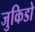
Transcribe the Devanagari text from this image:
जुकिडो